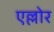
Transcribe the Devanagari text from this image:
एल्लोर